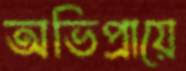
অভিপ্রায়ে